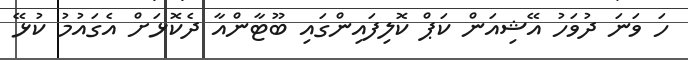
ހަ ވަނަ ދުވަހު އޭޝިއަން ކަޕް ކޮލިފައިންގައި ބޫޓާންއާ ދެކޮޅަށް އެގައުމު ކުޅޭ